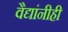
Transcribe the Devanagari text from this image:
वैद्यांनीही